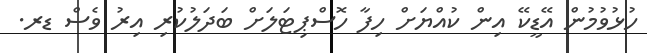
ހުޅުވުމުން އޭޑީކޭ އިން ކުއްޔަށް ހިފާ ހޮސްޕިޓަލަށް ބަދަލުކުރި އިރު ވެސް ޑރ.